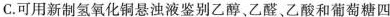
C.可用新制氢氧化铜悬浊液鉴别乙醇、乙醛、乙酸和葡萄糖四